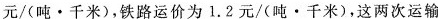
元/(吨·千米)，铁路运价为1.2元/(吨·千米)，这两次运输